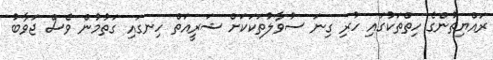
ރައްޔިތުންގެ ހިތްތަކުގައި ހުރި ގިނަ ސުވާލުތަކަކަށް ޝަރީއަތް ހިނގައި ގަތުމުން ވެސް ޖަވާބު